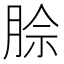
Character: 𪱡